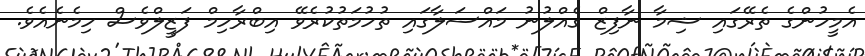
އެމީހުންގެ ތެރޭގައި ޝިމާ ނާފިޒް ގެއްލުނު މައްސަލާގައި ތުހުމަތުކުރެވޭ އިބްރާހިމް ފަޒީލްވެސް ހިމެނެއެވެ.